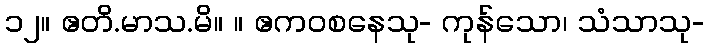
၁၂။ ဧတိ.မာသ.မိ။ ။ ဧကဝစနေသု- ကုန်သော၊ သံသာသု-